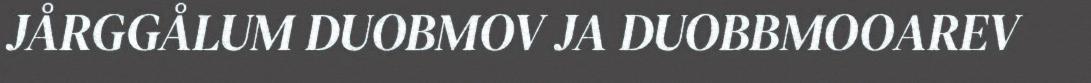
JÅRGGÅLUM DUOBMOV JA DUOBBMOOAREV